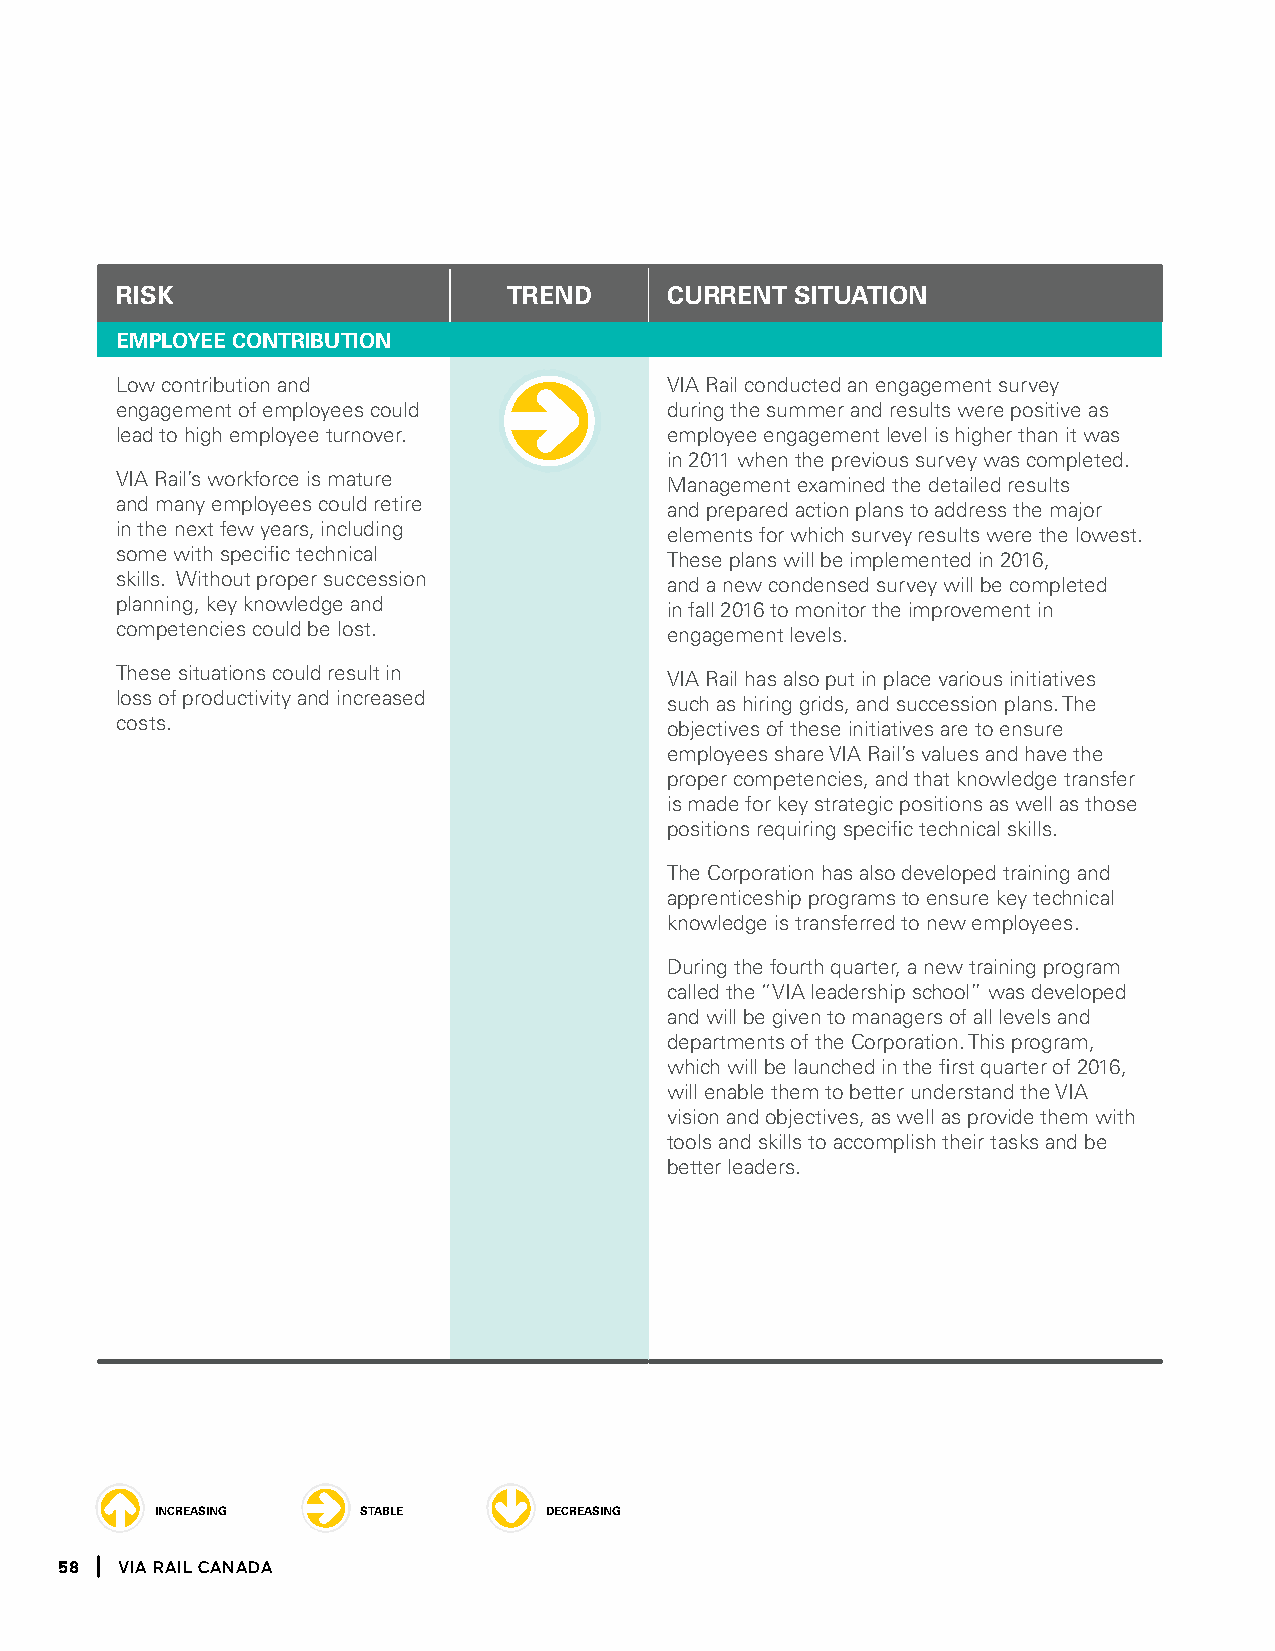
riSK                      trEnD     cUrrEnt  SitUation
 EmPloYEE contriBUtion
 Low contribution and                VIA Rail conducted an engagement survey
 engagement of employees could       during the summer and results were positive as
 lead to high employee turnover.     employee engagement level is higher than it was
 in 2011 when the previous survey was completed.
 VIA Rail’s workforce is mature      Management examined the detailed results
 and many employees could retire     and prepared action plans to address the major
 in the next few years, including    elements for which survey results were the lowest.
 some with specific technical        These plans will be implemented in 2016,
 skills. Without proper succession   and a new condensed survey will be completed
 planning, key knowledge and         in fall 2016 to monitor the improvement in
 competencies could be lost.         engagement levels.
 These situations could result in    VIA Rail has also put in place various initiatives
 loss of productivity and increased  such as hiring grids, and succession plans. The
 costs.                              objectives of these initiatives are to ensure
 employees share VIA Rail’s values and have the
 proper competencies, and that knowledge transfer
 is made for key strategic positions as well as those
 positions requiring specific technical skills.
 The Corporation has also developed training and
 apprenticeship programs to ensure key technical
 knowledge is transferred to new employees.
 During the fourth quarter, a new training program
 called the “VIA leadership school” was developed
 and will be given to managers of all levels and
 departments of the Corporation. This program,
 which will be launched in the first quarter of 2016,
 will enable them to better understand the VIA
 vision and objectives, as well as provide them with
 tools and skills to accomplish their tasks and be
 better leaders.
 increasing    stable      decreasing
 58  Via Rail Canada